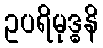
ဥပရိမုဒ္ဓနိ